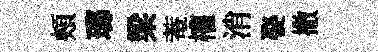
頰瑯梁菴權消娶撒